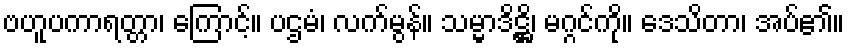
ဗဟူပကာရတ္တာ၊ ကြောင့်။ ပဌမံ၊ လက်မွန်။ သမ္မာဒိဋ္ဌိ၊ မဂ္ဂင်ကို။ ဒေသိတာ၊ အပ်၏။